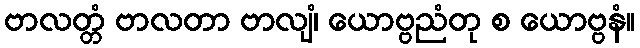
ဗာလတ္တံ ဗာလတာ ဗာလျံ၊ ယောဗ္ဗညံတု စ ယောဗ္ဗနံ။